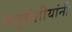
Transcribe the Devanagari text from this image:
यदुवंशीयांनी